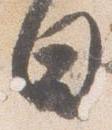
日